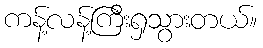
ကန့်လန့်ကြီးရှသွားတယ်။